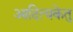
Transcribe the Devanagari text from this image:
आदित्यकेतु